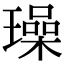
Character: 璪